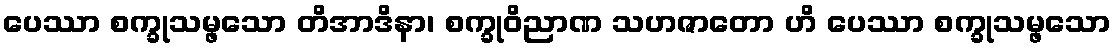
ပေဿာ စက္ခုသမ္ဖသော တိအာဒိနာ၊ စက္ခုဝိညာဏ သဟဇာတော ဟိ ပေဿာ စက္ခုသမ္ဖသော